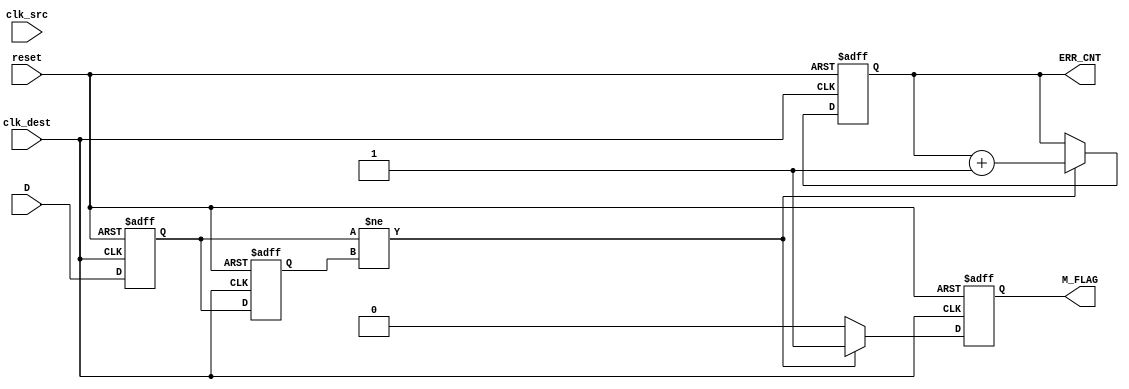
module cdc_detector (
    input wire clk_src,          // Source clock
    input wire clk_dest,         // Destination clock
    input wire reset,            // Asynchronous reset
    input wire D,                // Data signal to monitor
    output reg M_FLAG,           // Metastability flag
    output reg [31:0] ERR_CNT    // Error counter
);

    reg Q1;                      // Output of the first flip-flop
    reg Q2;                      // Output of the second flip-flop

    // Asynchronous reset and sampling logic
    always @(posedge clk_dest or posedge reset) begin
        if (reset) begin
            Q1 <= 1'b0;
            Q2 <= 1'b0;
            M_FLAG <= 1'b0;
            ERR_CNT <= 32'b0;
        end else begin
            Q1 <= D;              // Sample D with FF1
            Q2 <= Q1;             // Sample Q1 with FF2

            // Detect metastability condition
            if (Q1 != Q2) begin
                M_FLAG <= 1'b1;   // Set metastability flag
                ERR_CNT <= ERR_CNT + 1; // Increment error counter
            end else begin
                M_FLAG <= 1'b0;   // Clear metastability flag
            end
        end
    end

endmodule